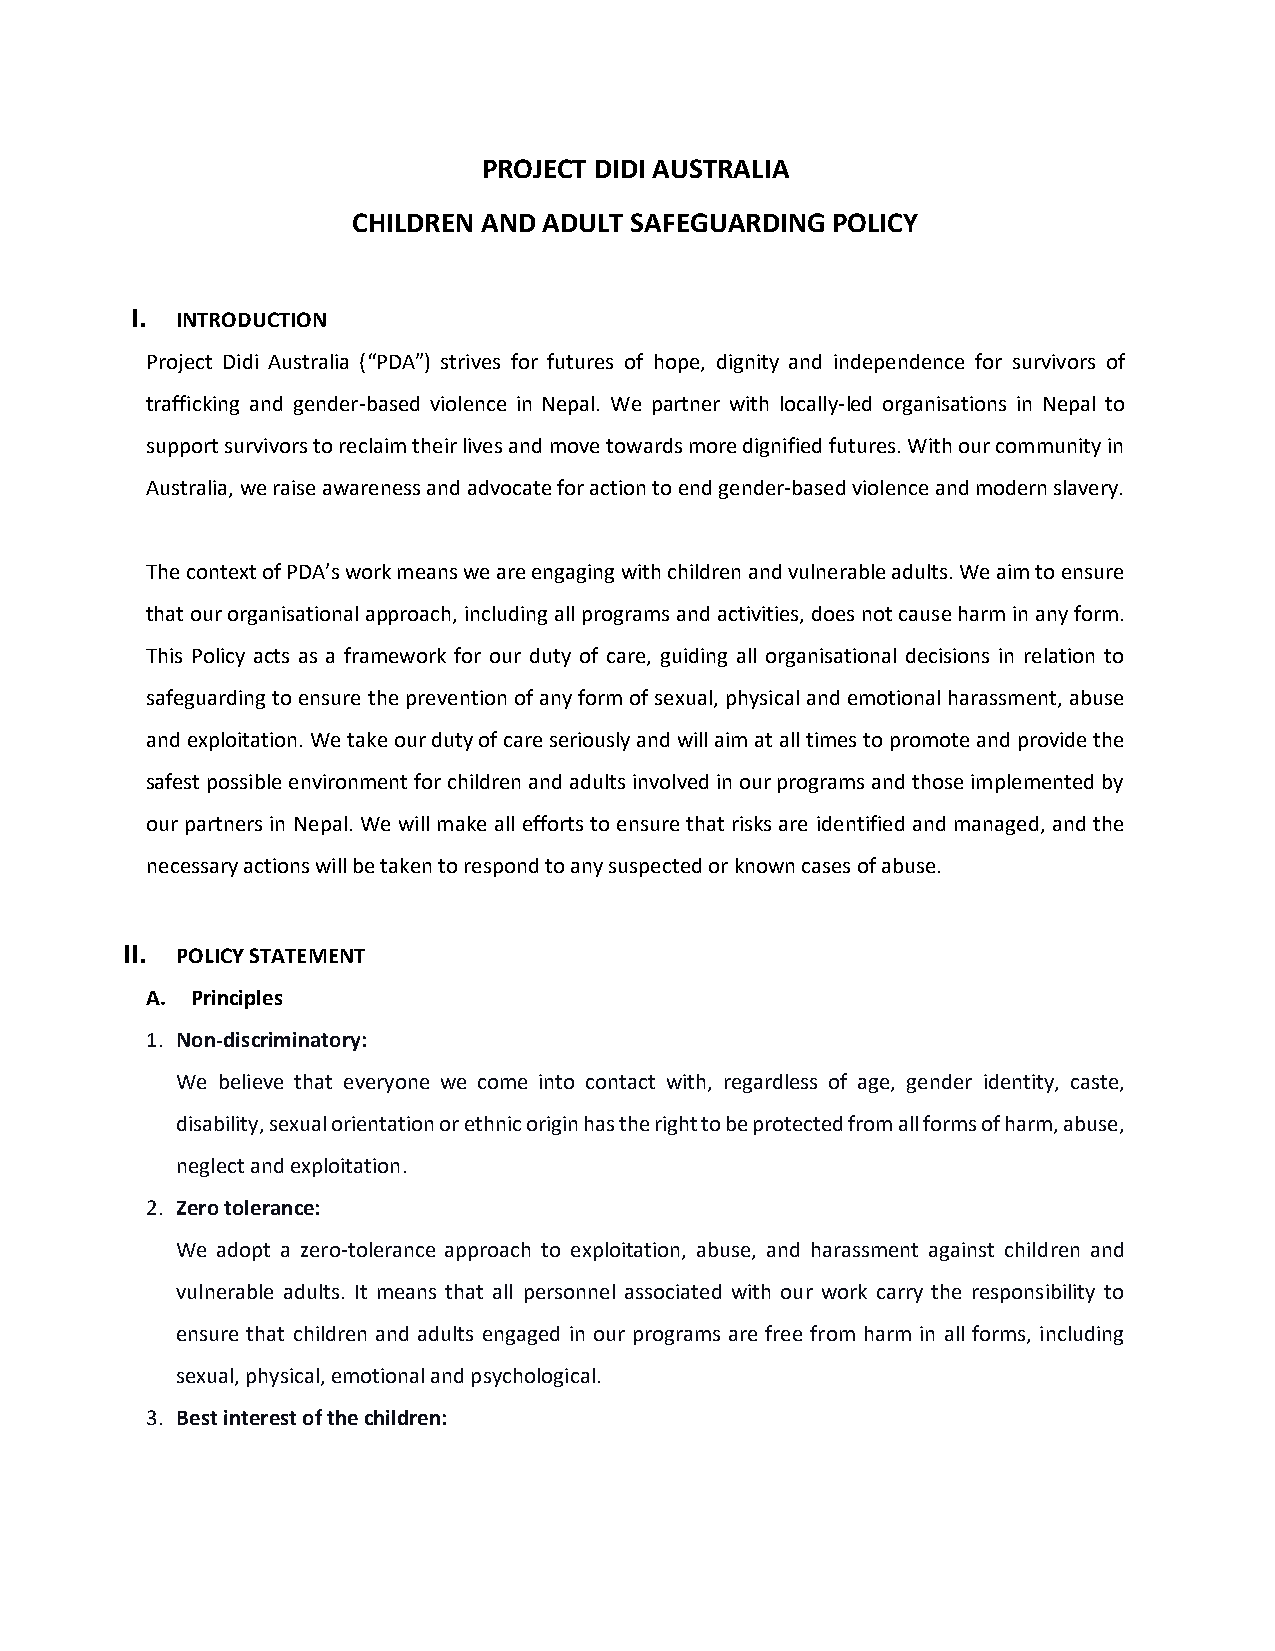
PROJECT DIDI AUSTRALIA
 CHILDREN AND ADULT SAFEGUARDING POLICY
 I. INTRODUCTION
 Project Didi Australia (“PDA”) strives for futures of hope, dignity and independence for survivors of
 trafficking and gender-based violence in Nepal. We partner with locally-led organisations in Nepal to
 support survivors to reclaim their lives and move towards more dignified futures. With our community in
 Australia, we raise awareness and advocate for action to end gender-based violence and modern slavery.
 The context of PDA’s work means we are engaging with children and vulnerable adults. We aim to ensure
 that our organisational approach, including all programs and activities, does not cause harm in any form.
 This Policy acts as a framework for our duty of care, guiding all organisational decisions in relation to
 safeguarding to ensure the prevention of any form of sexual, physical and emotional harassment, abuse
 and exploitation. We take our duty of care seriously and will aim at all times to promote and provide the
 safest possible environment for children and adults involved in our programs and those implemented by
 our partners in Nepal. We will make all efforts to ensure that risks are identified and managed, and the
 necessary actions will be taken to respond to any suspected or known cases of abuse.
 II. POLICY STATEMENT
 A. Principles
 1. Non-discriminatory:
 We believe that everyone we come into contact with, regardless of age, gender identity, caste,
 disability, sexual orientation or ethnic origin has the right to be protected from all forms of harm, abuse,
 neglect and exploitation.
 2. Zero tolerance:
 We adopt a zero-tolerance approach to exploitation, abuse, and harassment against children and
 vulnerable adults. It means that all personnel associated with our work carry the responsibility to
 ensure that children and adults engaged in our programs are free from harm in all forms, including
 sexual, physical, emotional and psychological.
 3. Best interest of the children: